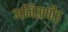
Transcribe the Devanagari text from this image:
अजितापीड़